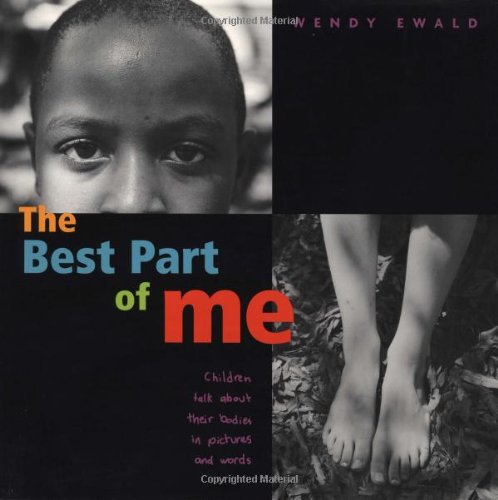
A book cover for The Best Part of Me: Children Talk About their Bodies in Pictures and Words; Wendy Ewald; Literature & Fiction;